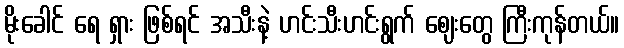
မိုးခေါင် ရေ ရှား ဖြစ်ရင် အသီးနဲ့ ဟင်းသီးဟင်းရွက် ဈေးတွေ ကြီးကုန်တယ်။